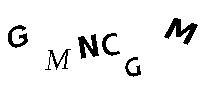
GMNCGM